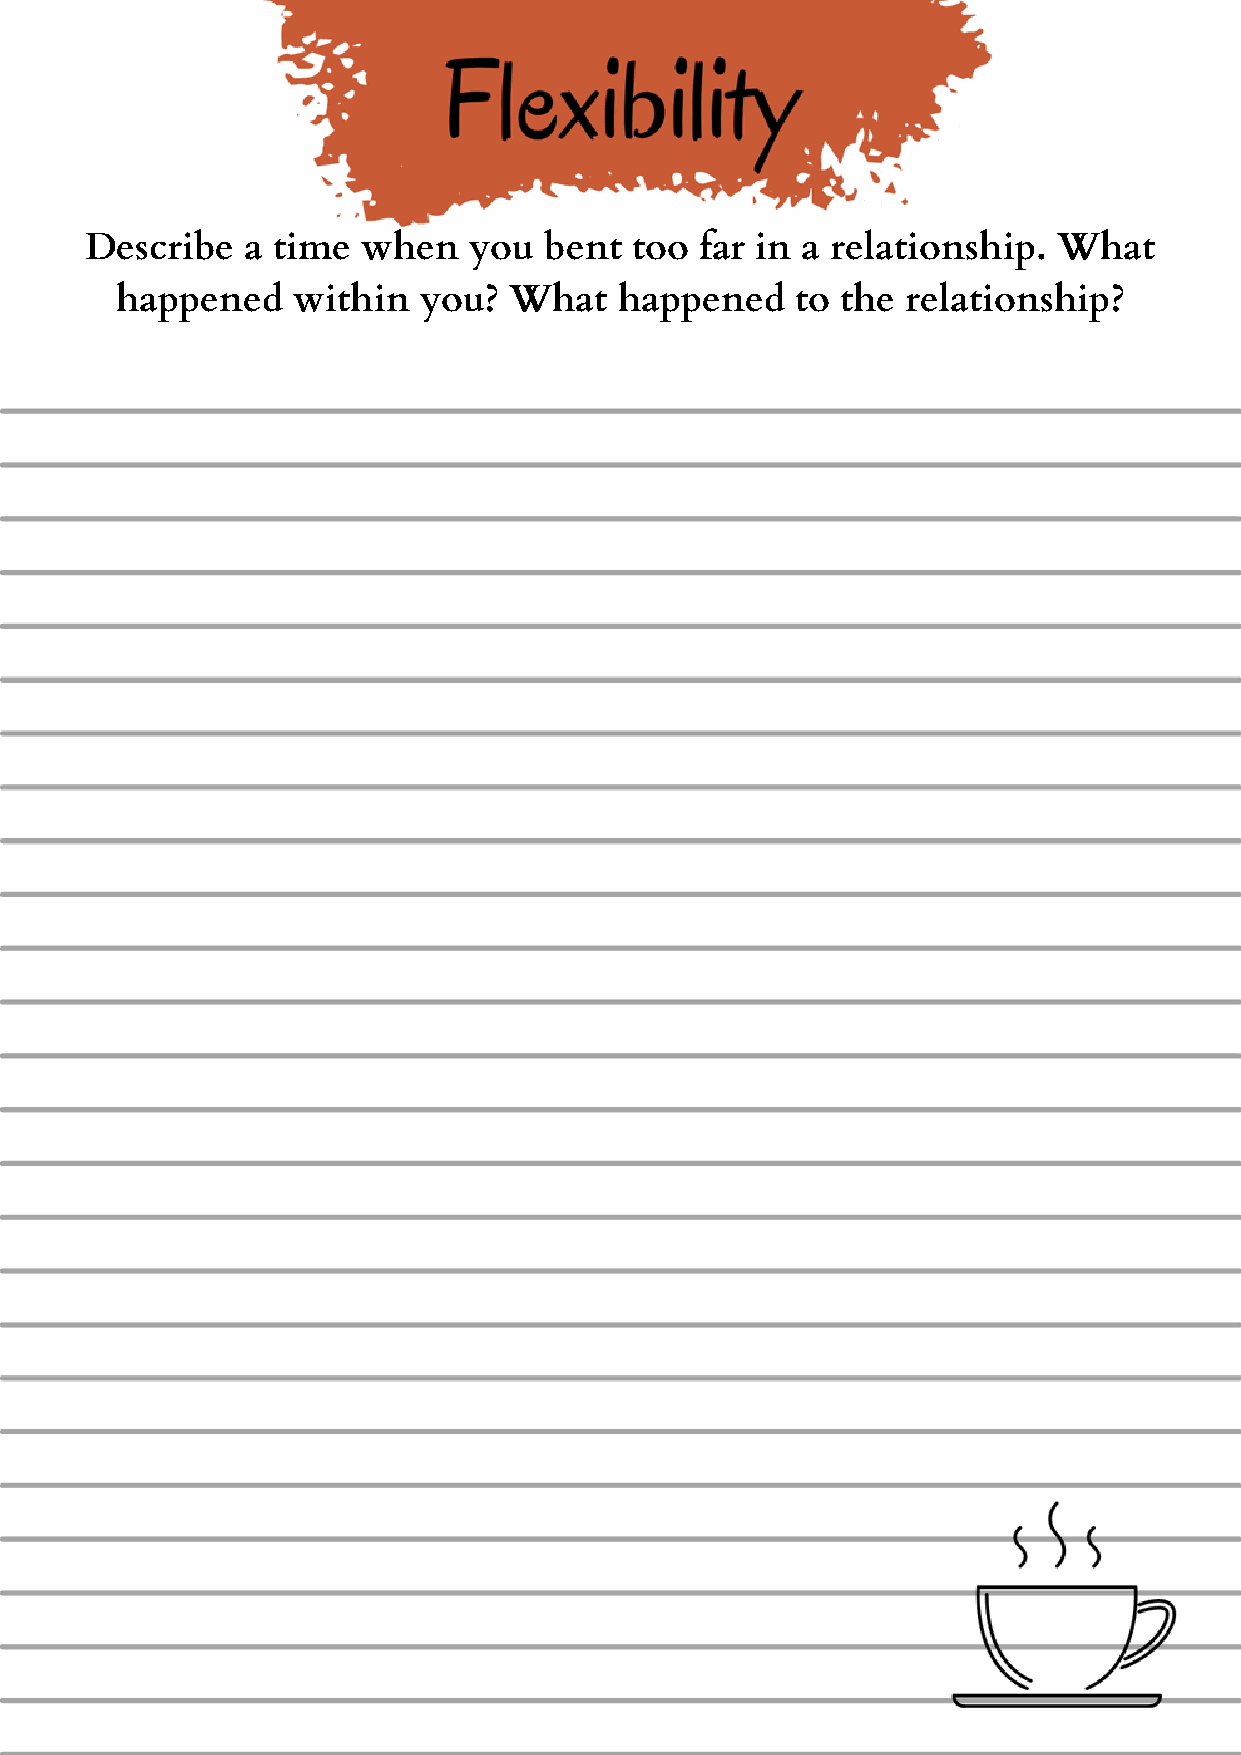
Describe  a time  when   you  bent  too far in a relationship.  What
 happened   within   you?  What   happened    to the relationship?